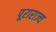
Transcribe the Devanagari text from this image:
पूराराज्य